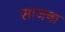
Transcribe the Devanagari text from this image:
साजना